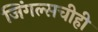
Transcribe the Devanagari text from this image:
जिंगल्सचीही